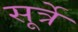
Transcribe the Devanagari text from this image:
सूर्त्रे